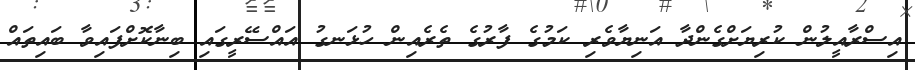
އިސްރާއީލުން ކުރިޔަށްގެންދާ އަނިޔާވެރި ކަމުގެ ފާރުގެ ތެރެއިން ހުޅަނގު އައްސޭރީގައި ބިނާކޮށްފައިވާ ބައިތައް